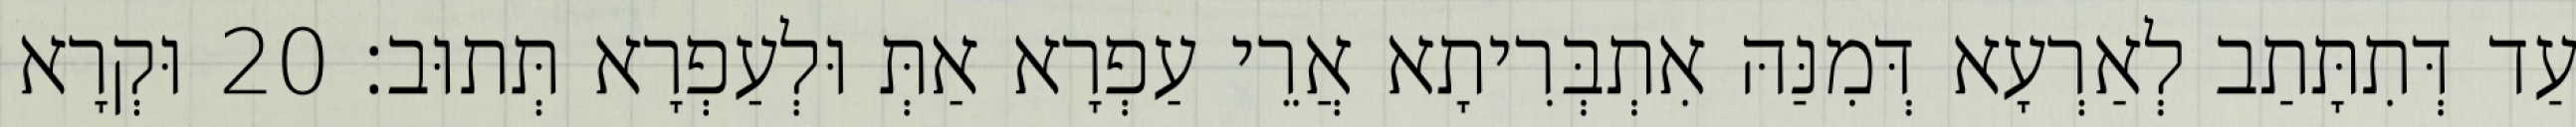
עַד דְּתִתָּתַב לְאַרְעָא דְּמִנַּהּ אִתְבְּרִיתָא אֲרֵי עַפְרָא אַתְּ וּלְעַפְרָא תְּתוּב׃ 20 וּקְרָא